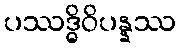
ပဿဒ္ဓိဝိပန္နဿ